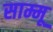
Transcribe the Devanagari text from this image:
साम्मू